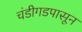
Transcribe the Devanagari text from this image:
चंडीगडपासून